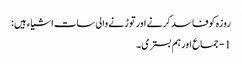
روزہ کوفاسد کرنے اورتوڑنے والی سات اشیاء ہیں :
1 - جماع اورہم بستری ۔